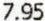
7.95